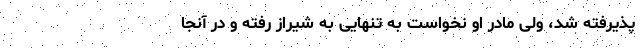
پذیرفته شد، ولی مادر او نخواست به تنهایی به شیراز رفته و در آنجا